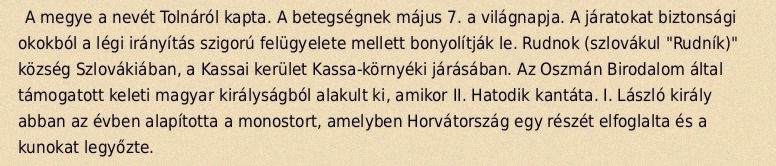
A megye a nevét Tolnáról kapta. A betegségnek május 7. a világnapja. A járatokat biztonsági okokból a légi irányítás szigorú felügyelete mellett bonyolítják le. Rudnok (szlovákul "Rudník)" község Szlovákiában, a Kassai kerület Kassa-környéki járásában. Az Oszmán Birodalom által támogatott keleti magyar királyságból alakult ki, amikor II. Hatodik kantáta. I. László király abban az évben alapította a monostort, amelyben Horvátország egy részét elfoglalta és a kunokat legyőzte.